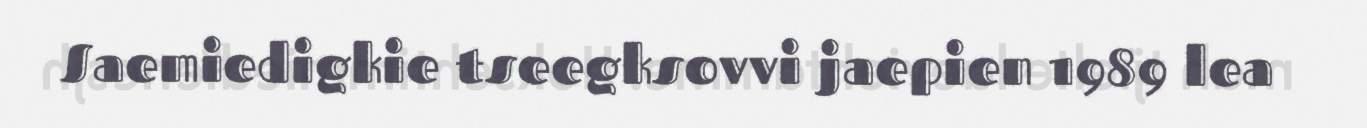
Saemiedigkie tseegksovvi jaepien 1989 lea